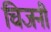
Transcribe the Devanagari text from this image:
चिजनी